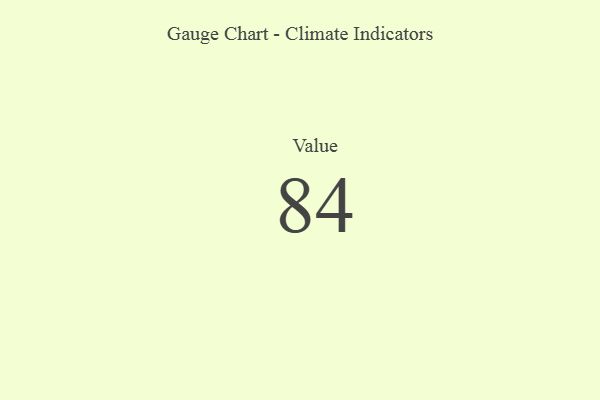
{"axis": {"x": "Metric", "y": "Value"}, "legend": [""], "data": [{"x": "Value", "y": 84, "type": ""}]}